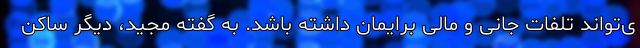
ی‌تواند تلفات جانی و مالی برایمان داشته باشد. به گفته مجید، دیگر ساکن